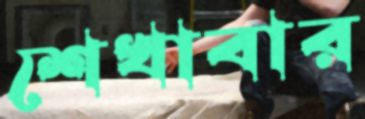
শেখাবার